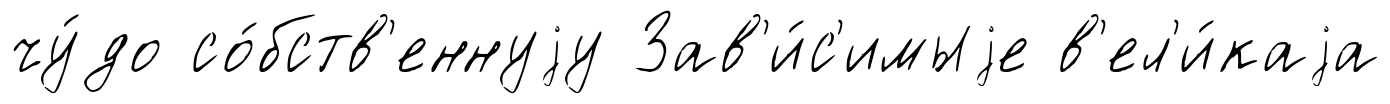
чу́до со́бств'еннуjу Зав'и́с'имыjе в'ел'и́каjа